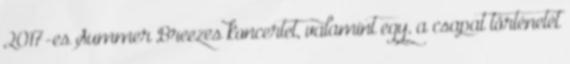
2017-es Summer Breezes koncertet, valamint egy, a csapat történetét